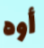
أوه